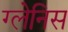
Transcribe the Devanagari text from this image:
ग्लेनिस